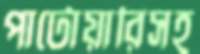
পাটোয়ারিসহ